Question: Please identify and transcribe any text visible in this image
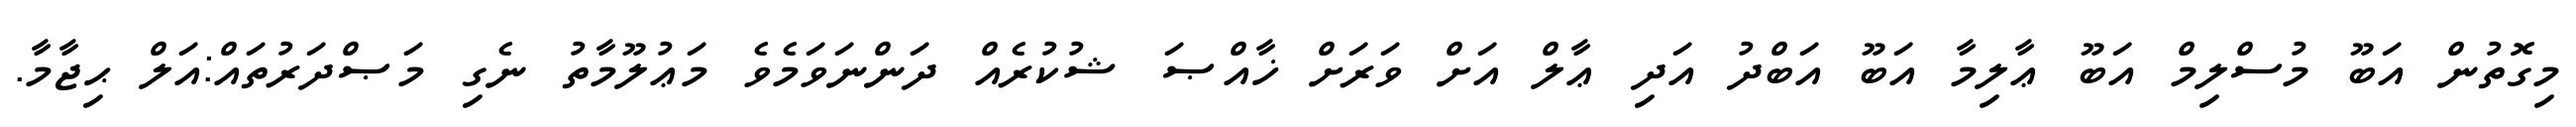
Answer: މިގޮތުން އަބޫ މުސްލިމް އަބޫ ޢާލިމާ އަބޫ އަބްދު އަދި ޢާލް އަށް ވަރަށް ޚާއްޞަ ޝުކުރެއް ދަންނަވަމެވެ މަޢުލޫމާތު ނެގި މަޞްދަރުތައް:އަލް ޙިޖާމާ.